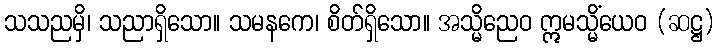
သသညမှိ၊ သညာရှိသော။ သမနကေ၊ စိတ်ရှိသော။ အသ္မိညေဝ ဣမသ္မိံယေဝ (ဆဋ္ဌ)